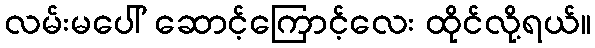
လမ်းမပေါ် ဆောင့်ကြောင့်လေး ထိုင်လို့ရယ်။